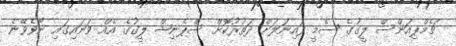
ޗެމްޕިއަންސް ލީގުގެ ސެމީ ފައިނަލަށް ދަތުރުކޮށް ސްޕެނިޝް ލީގުގެ އެއް ވަނައިގައި ނޯވެވޭނެ